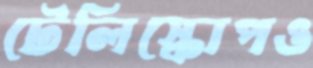
টেলিস্কোপও